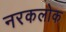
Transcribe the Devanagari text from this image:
नरकलोक